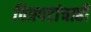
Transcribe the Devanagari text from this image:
चित्रपटांचाही